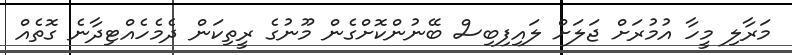
މަރާލި މީހާ އުމުރަށް ޖަލަށް ލައިފިބިސް ބޭނުންކޮށްގެން މޫނުގެ ރީތިކަން ދެމެހެއްޓިދާނެ ގޮތެއް